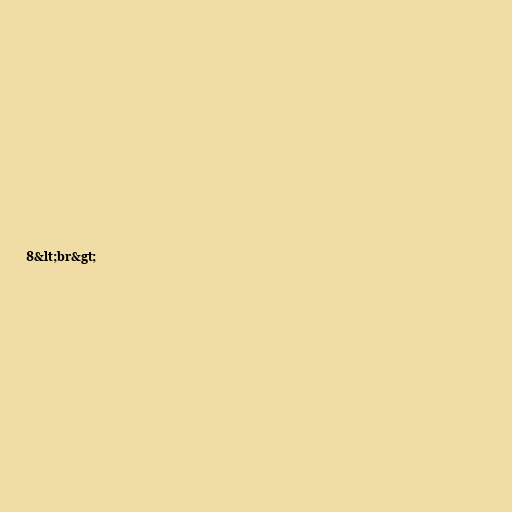
8&lt;br&gt;